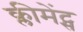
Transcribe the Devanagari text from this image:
क्लीमेंट्स